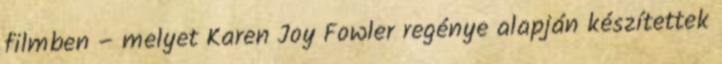
filmben – melyet Karen Joy Fowler regénye alapján készítettek